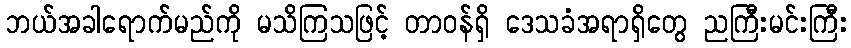
ဘယ်အခါရောက်မည်ကို မသိကြသဖြင့် တာဝန်ရှိ ဒေသခံအရာရှိတွေ ညကြီးမင်းကြီး